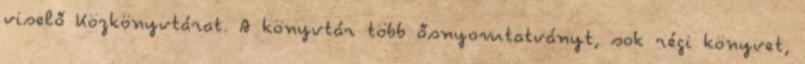
viselő Közkönyvtárat. A könyvtár több ősnyomtatványt, sok régi könyvet,